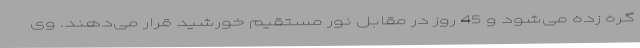
گره زده می‌شود و 45 روز در مقابل نور مستقیم خورشید قرار می‌دهند. وی